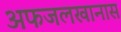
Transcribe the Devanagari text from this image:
अफजलखानास